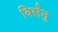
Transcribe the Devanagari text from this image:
विर्सनु